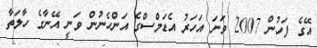
އޭގެ ފަހުން 2007 ވަނަ އަހަރު އެޑަމްސްގެ އަންހެނުން ވަަނީ އޭނާގެ ހާލަތާ